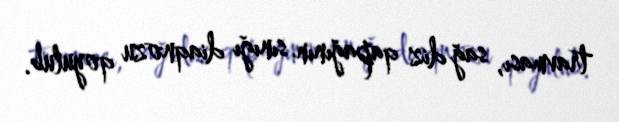
travması, sağ diz qapağının sınığı diaqnozu qoyulub.